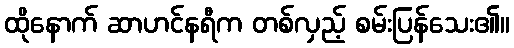
ထိုနောက် ဆာဟင်နရီက တစ်လှည့် စမ်းပြန်သေး၏။